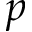
p